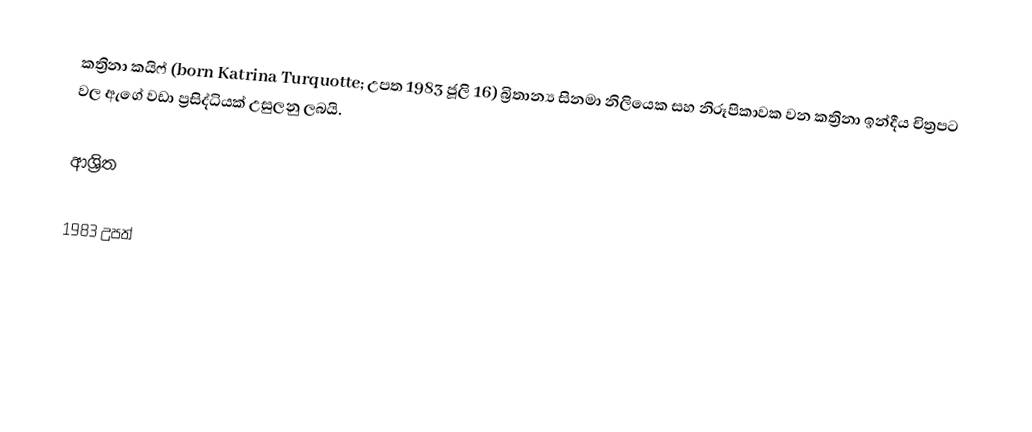
කත්‍රිනා කයිෆ් (born Katrina Turquotte; උපත 1983 ජූලි 16) බ්‍රිතාන්‍ය සිනමා නිලියෙක සහ නිරූපිකාවක වන කත්‍රිනා ඉන්දීය චිත්‍රපට වල ඇගේ වඩා ප්‍රසිද්ධියක් උසුලනු ලබයි.

ආශ්‍රිත

1983 උපත්